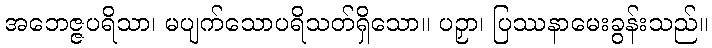
အဘေဇ္ဇပရိသာ၊ မပျက်သောပရိသတ်ရှိသော။ ပဉှာ၊ ပြဿနာမေးခွန်းသည်။